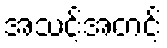
အသင့်အတင့်